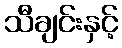
သီချင်းနှင့်